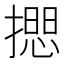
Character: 𢵃